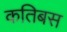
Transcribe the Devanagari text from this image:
कतिबस